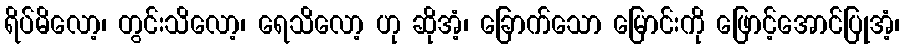
ရိပ်မိလော့၊ တွင်းသိလော့၊ ရေသိလော့ ဟု ဆိုအံ့၊ ခြောက်သော မြောင်းကို ဖြောင့်အောင်ပြုအံ့၊